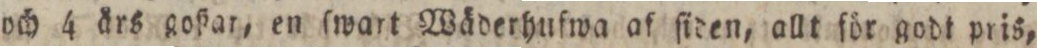
och 4 års goßar, en ſwart Wäderhufwa af ſiden, allt för godt pris,